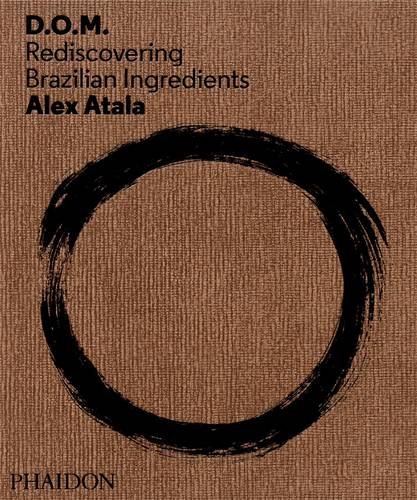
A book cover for D.O.M.: Rediscovering Brazilian Ingredients; Alex Atala; Cookbooks, Food & Wine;